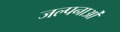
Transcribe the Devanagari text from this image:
जल्पनाओं